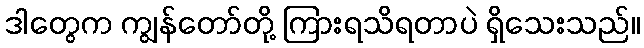
ဒါတွေက ကျွန်တော်တို့ ကြားရသိရတာပဲ ရှိသေးသည်။